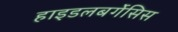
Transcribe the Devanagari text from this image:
हाइडलबर्गेसिस